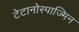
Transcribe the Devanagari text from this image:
टेटानोस्पाज्मिन